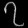
Digit: ၇